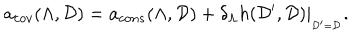
LaTeX: a _ { c o v } ( \Lambda , { \cal D } ) = a _ { c o n s } ( \Lambda , { \cal D } ) + \delta _ { \Lambda } h ( { \cal D } ^ { \prime } , { \cal D } ) | _ { _ { { \cal D } ^ { \prime } = { \cal D } } } .